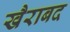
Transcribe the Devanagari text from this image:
खैराबद